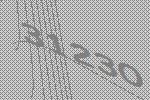
31230